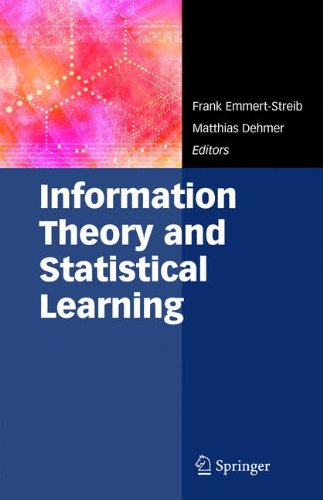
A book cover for Information Theory and Statistical Learning; Science & Math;